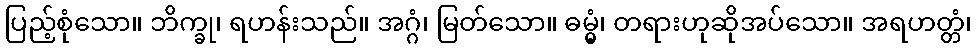
ပြည့်စုံသော။ ဘိက္ခု၊ ရဟန်းသည်။ အဂ္ဂံ၊ မြတ်သော။ ဓမ္မွံ၊ တရားဟုဆိုအပ်သော။ အရဟတ္တံ၊